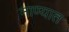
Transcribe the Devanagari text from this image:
नाण्यात